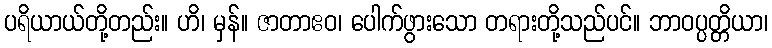
ပရိယာယ်တို့တည်း။ ဟိ၊ မှန်။ ဇာတာဧဝ၊ ပေါက်ဖွားသော တရားတို့သည်ပင်။ ဘာဝပ္ပတ္တိယာ၊